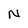
Character: N